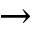
\rightarrow